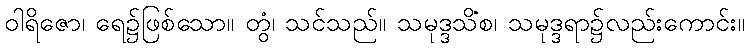
ဝါရိဇော၊ ရေ၌ဖြစ်သော။ တွံ၊ သင်သည်။ သမုဒ္ဒသိံစ၊ သမုဒ္ဒရာ၌လည်းကောင်း။